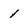
Character: 1